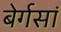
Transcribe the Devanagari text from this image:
बेर्गसां